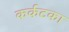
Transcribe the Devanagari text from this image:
कर्कटका